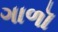
ગાળૉ